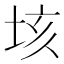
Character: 垓